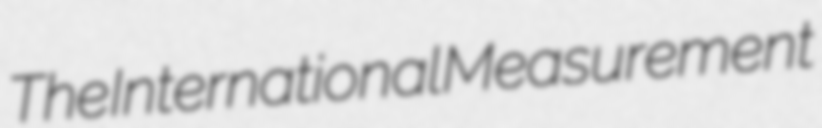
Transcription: The International Measurement